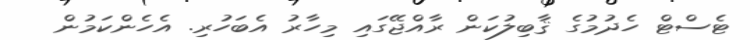
ޓެސްޓް ހެދުމުގެ ޤާބިލުކަން ރާއްޖޭގައި މިހާރު އެބަހުރި. އެހެންކަމުން